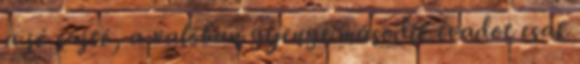
a jó sajtó, a valóban gyenge második évadot csak